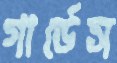
গার্ডেস